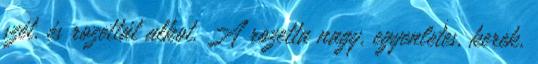
szét, és rozettát alkot. A rozetta nagy, egyenletes, kerek,